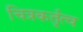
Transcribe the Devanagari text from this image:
चित्रकर्तृत्व